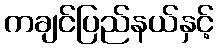
ကချင်ပြည်နယ်နှင့်